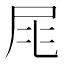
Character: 㞑